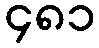
၄၈၁